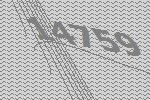
14759